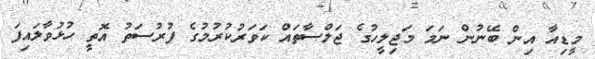
މީޑިއާ އިން ބޭނުން ނަމަ މަޖިލީހުގެ ޖަލްސާތައް ކަވަރުކުރުމުގެ ފުރުސަތު އޮތީ ހުޅުވާލައިފަ